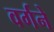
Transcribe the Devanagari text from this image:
वर्गने